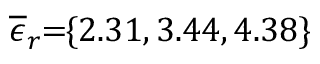
\! \! \! \! \! \! \! \! \! \overline { { \epsilon } } _ { r } \! \! = \! \! \{ 2 . 3 1 , 3 . 4 4 , 4 . 3 8 \} \! \! \!